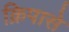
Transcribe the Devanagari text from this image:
क्रिपासे